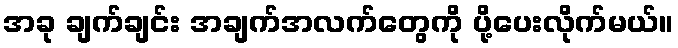
အခု ချက်ချင်း အချက်အလက်တွေကို ပို့ပေးလိုက်မယ်။